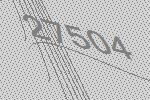
27504